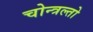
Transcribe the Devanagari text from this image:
चोन्त्रल्तो